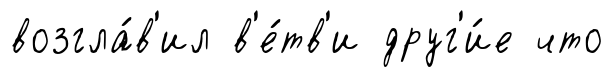
возгла́в'ил в'е́тв'и друг'и́е что